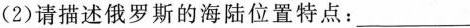
(2)请描述俄罗斯的海陆位置特点：___